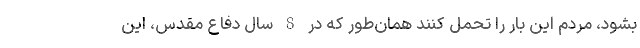
بشود، مردم این بار را تحمل کنند همان‌طور که در 8 سال دفاع مقدس، این